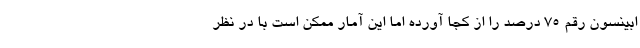
ابینسون رقم ۷۵ درصد را از کجا آورده اما این آمار ممکن است با در نظر